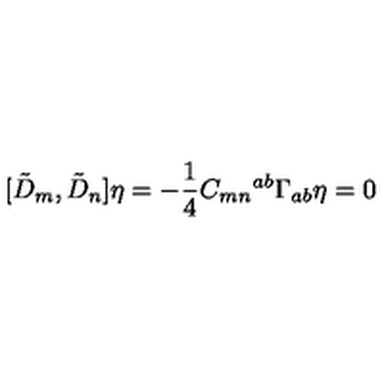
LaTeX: [ { \tilde { D } } _ { m } , { \tilde { D } } _ { n } ] \eta = - \frac { 1 } { 4 } C _ { m n } { } ^ { a b } \Gamma _ { a b } \eta = 0